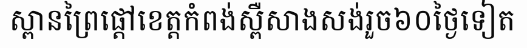
ស្ពានព្រៃផ្តៅខេត្តកំពង់ស្ពឺសាងសង់រួច៦០ថ្ងៃទៀត